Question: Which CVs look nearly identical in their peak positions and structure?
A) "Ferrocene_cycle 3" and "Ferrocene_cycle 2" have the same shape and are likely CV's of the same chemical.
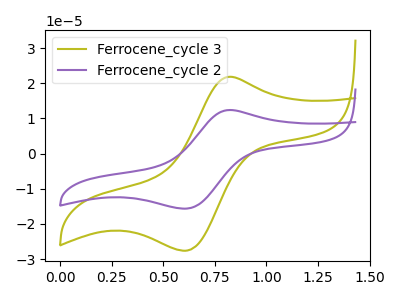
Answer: <think>The olive curve "Ferrocene_cycle 3" has an anodic peak at (0.80V, 21.80uA) and a cathodic peak at (0.60V, -27.60uA). The purple curve "Ferrocene_cycle 2" has an anodic peak at (0.80V, 12.35uA) and a cathodic peak at (0.60V, -15.65uA).
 All the peaks in "Ferrocene_cycle 3" have a peak in "Ferrocene_cycle 2" at the same potential. Every peak in "Ferrocene_cycle 3" is higher than every peak in "Ferrocene_cycle 2".</think>
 <answer>A) "Ferrocene_cycle 3" and "Ferrocene_cycle 2" have the same shape and are likely CV's of the same chemical.</answer>
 <eval>A</eval>